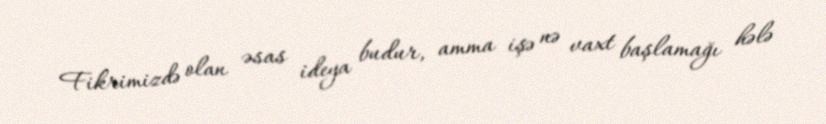
Fikrimizdə olan əsas ideya budur, amma işə nə vaxt başlamağı hələ